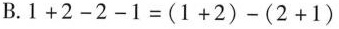
B.$$1 + 2 - 2 - 1 = ( 1 + 2 ) - ( 2 + 1 )$$